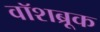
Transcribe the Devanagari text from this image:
वॉशब्रूक